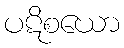
ပဋိစယော